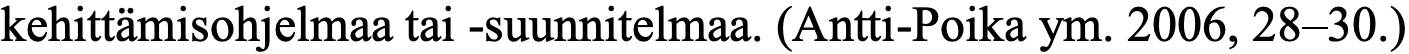
kehittämisohjelmaa tai -suunnitelmaa. (Antti-Poika ym. 2006, 28–30.)